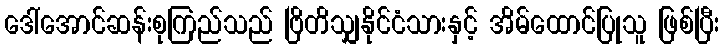
ဒေါ်အောင်ဆန်းစုကြည်သည် ဗြိတိသျှနိုင်ငံသားနှင့် အိမ်ထောင်ပြုသူ ဖြစ်ပြီး